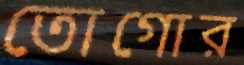
তোগোর